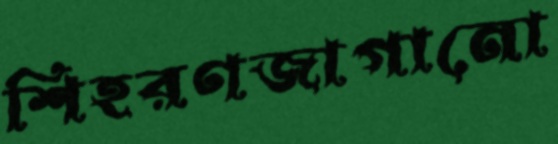
শিহরণজাগানো